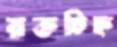
রক্তচিহ্ন